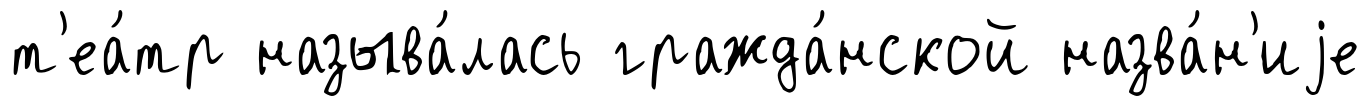
т'еа́тр называ́лась гражда́нской назва́н'иjе